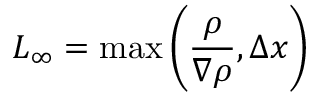
L _ { \infty } = \operatorname* { m a x } \left( \frac { \rho } { \nabla \rho } , \Delta x \right)